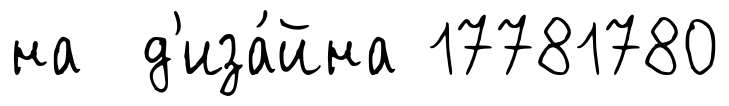
на д'иза́йна 17781780